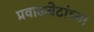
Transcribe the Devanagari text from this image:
प्रवाळबेटांच्या